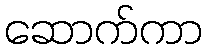
ဆောက်ကာ